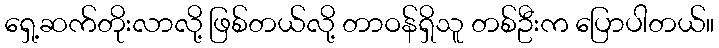
ရှေ့ဆက်တိုးလာလို့ ဖြစ်တယ်လို့ တာဝန်ရှိသူ တစ်ဦးက ပြောပါတယ်။